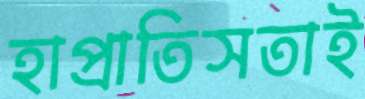
হাপ্‌রাতিসতাই